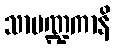
သာမဏ္ဍကာနိ